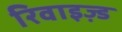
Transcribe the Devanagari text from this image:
रिवाइज़्ड